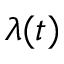
\lambda ( t )